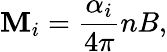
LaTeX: \mathbf{M}_{i}={\frac{{\alpha_{i}}}{{4\pi}}}nB,